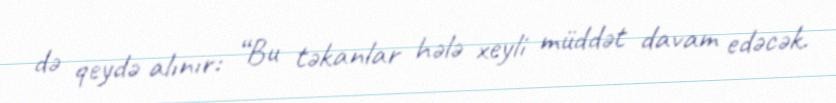
də qeydə alınır: “Bu təkanlar hələ xeyli müddət davam edəcək.